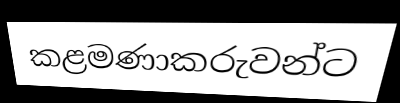
කළමණාකරුවන්ට